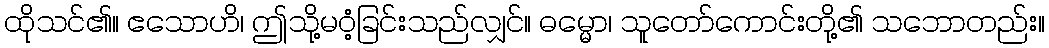
ထိုသင်၏။ ဧသောဟိ၊ ဤသို့မဝံ့ခြင်းသည်လျှင်။ ဓမ္မော၊ သူတော်ကောင်းတို့၏ သဘောတည်း။